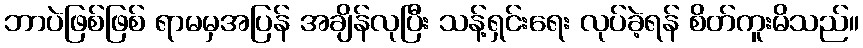
ဘာပဲဖြစ်ဖြစ် ရာမမှအပြန် အချိန်လုပြီး သန့်ရှင်းရေး လုပ်ခဲ့ရန် စိတ်ကူးမိသည်။